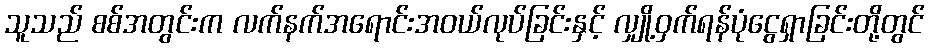
သူသည် စစ်အတွင်းက လက်နက်အရောင်းအဝယ်လုပ်ခြင်းနှင့် လျှို့ဝှက်ရန်ပုံငွေရှာခြင်းတို့တွင်